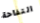
التفاحة